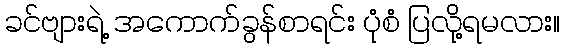
ခင်ဗျားရဲ့ အကောက်ခွန်စာရင်း ပုံစံ ပြလို့ရမလား။